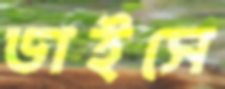
ডাইসে